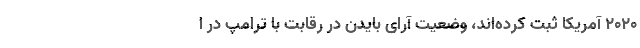
2020 آمریکا ثبت کرده‌اند، وضعیت آرای بایدن در رقابت با ترامپ در ا